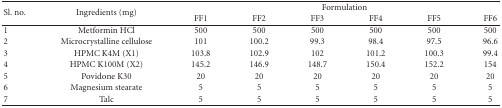
| <ROWSPAN=2> Sl. no. | <ROWSPAN=2> Ingredients (mg) | <COLSPAN=6> Formulation |
 | FF1 | FF2 | FF3 | FF4 | FF5 | FF6 |
 | --- | --- | --- | --- | --- | --- | --- | --- |
 | 1 | Metformin HCl | 500 | 500 | 500 | 500 | 500 | 500 |
 | 2 | Microcrystalline cellulose | 101 | 100.2 | 99.3 | 98.4 | 97.5 | 96.6 |
 | 3 | HPMC K4M (X1) | 103.8 | 102.9 | 102 | 101.2 | 100.3 | 99.4 |
 | 4 | HPMC K100M (X2) | 145.2 | 146.9 | 148.7 | 150.4 | 152.2 | 154 |
 | 5 | Povidone K30 | 20 | 20 | 20 | 20 | 20 | 20 |
 | 6 | Magnesium stearate | 5 | 5 | 5 | 5 | 5 | 5 |
 | 7 | Talc | 5 | 5 | 5 | 5 | 5 | 5 |